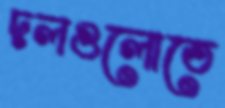
দলগুলোতে